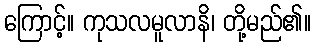
ကြောင့်။ ကုသလမူလာနိ၊ တို့မည်၏။